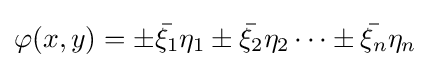
\varphi (x,y)=\pm {\bar {\xi _{1}}}\eta _{1}\pm {\bar {\xi _{2}}}\eta _{2}\cdots \pm {\bar {\xi _{n}}}\eta _{n}